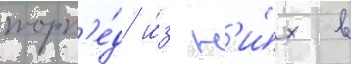
торп'е́д и́з н'и́х в